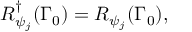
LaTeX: R _ { \psi _ { j } } ^ { \dagger } ( \Gamma _ { 0 } ) = R _ { \psi _ { j } } ( \Gamma _ { 0 } ) ,